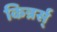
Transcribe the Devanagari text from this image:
किन्नर्स्